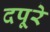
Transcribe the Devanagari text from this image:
दपूरे